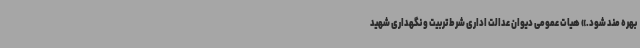
بهره مند شود.» هیات عمومی دیوان عدالت اداری شرط تربیت و نگهداری شهید